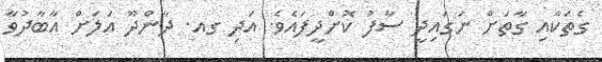
ގެތަކާއި ގާތަށް ނަގައިދީ ސާފު ކޮށްދީފައެވެ. އަދި ގއ. ދާންދޫ އަލަށް އާބާދުވާ